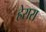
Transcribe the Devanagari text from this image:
हेरारा